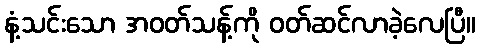
နံ့သင်းသော အဝတ်သန့်ကို ဝတ်ဆင်လာခဲ့လေပြီ။